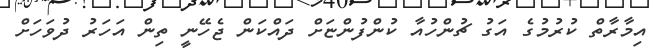
އިމާރާތް ކުރުމުގެ އަގު ޗުންހުއާ ކުންފުންޏަށް ދައްކަން ޖެހޭނީ ތިން އަހަރު ދުވަހަށް